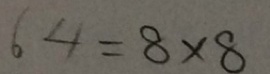
6 4 = 8 \times 8